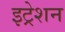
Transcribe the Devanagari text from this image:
इट्रेशन